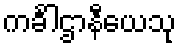
ကင်္ခါဌာနီယေသု